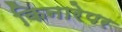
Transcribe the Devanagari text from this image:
किनारेपर